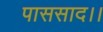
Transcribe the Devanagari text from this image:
पाससाद।।